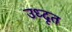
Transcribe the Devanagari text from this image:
उध्दृत